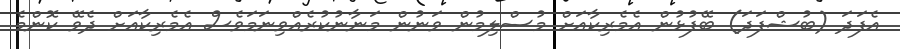
އެފަދަ (ބުޝްފަދަ) ބޭފުޅުން އެމެރިކާއަށް މުސްލިމުން ވަނުން މަނާނުކުރެއްވިނަމަވެސް އެމެރިކާއަށް ދެވޭ ކޮންމެ